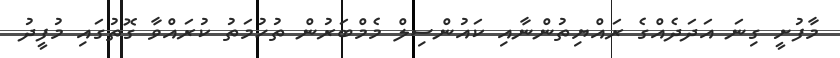
މާފުށީ ގިނަ އަދަދެއްގެ ރައްޔިތުންނާއި ކައުންސިލް މެމްބަރުން ތުހުމަތު ކުރައްވާ ގޮތުގައި މުފީދު